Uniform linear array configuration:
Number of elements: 32
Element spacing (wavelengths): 1
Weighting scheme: exponential
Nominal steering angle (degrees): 45
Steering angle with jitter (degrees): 46.122
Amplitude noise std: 0.05
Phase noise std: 0.05

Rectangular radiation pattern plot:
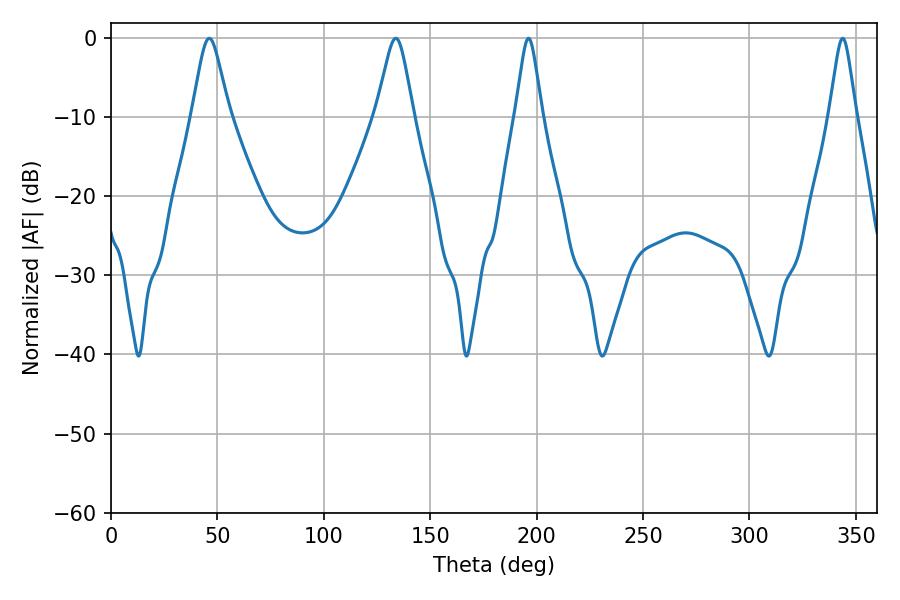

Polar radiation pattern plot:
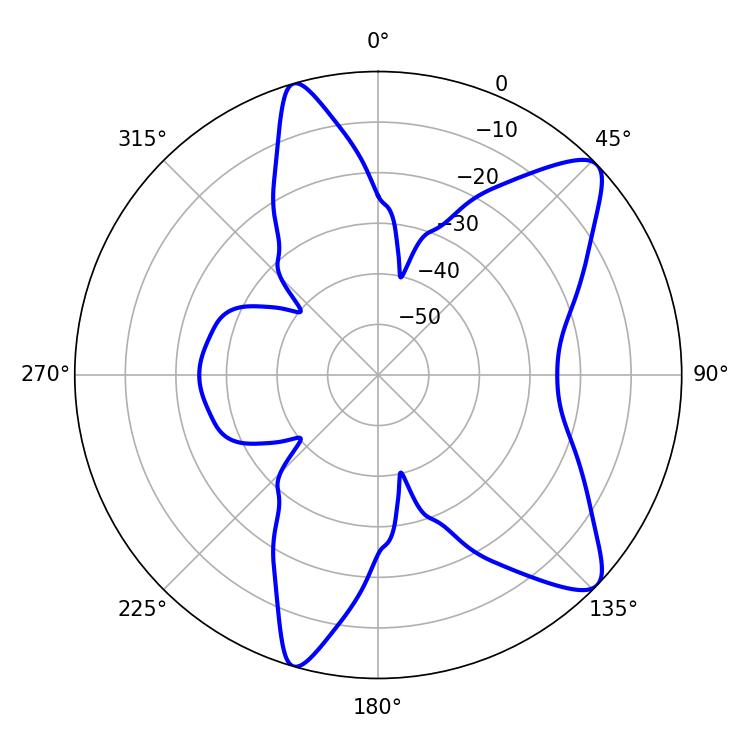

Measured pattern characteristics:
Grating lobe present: TRUE
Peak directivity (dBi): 10.106
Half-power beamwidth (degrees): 6.12
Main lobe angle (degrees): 343.8